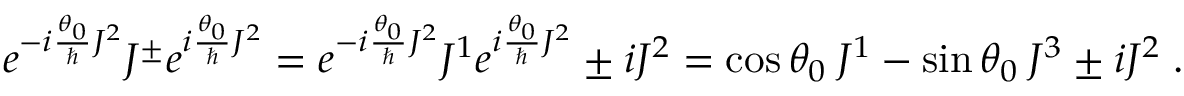
e ^ { - i \frac { \theta _ { 0 } } { \hbar } J ^ { 2 } } J ^ { \pm } e ^ { i \frac { \theta _ { 0 } } { \hbar } J ^ { 2 } } = e ^ { - i \frac { \theta _ { 0 } } { \hbar } J ^ { 2 } } J ^ { 1 } e ^ { i \frac { \theta _ { 0 } } { \hbar } J ^ { 2 } } \pm i J ^ { 2 } = \cos \theta _ { 0 } \: J ^ { 1 } - \sin \theta _ { 0 } \: J ^ { 3 } \pm i J ^ { 2 } \; . \nonumber